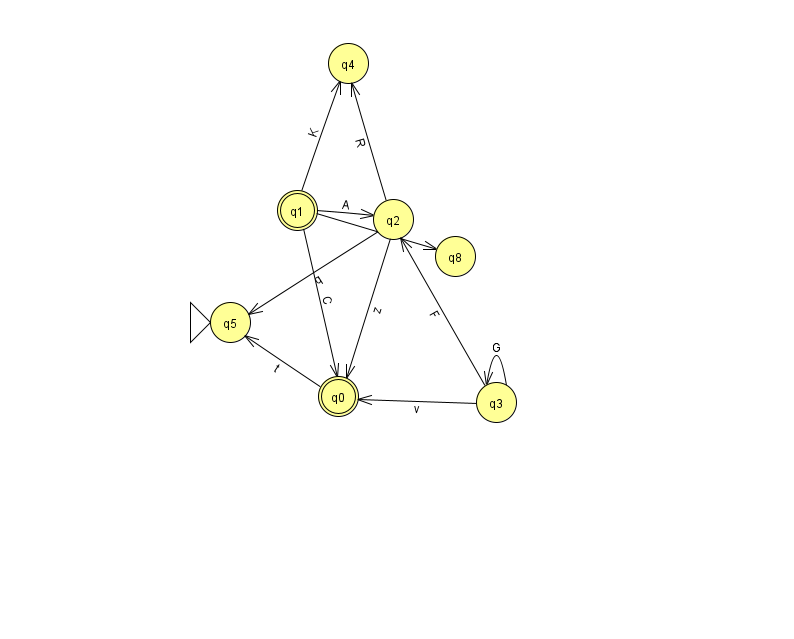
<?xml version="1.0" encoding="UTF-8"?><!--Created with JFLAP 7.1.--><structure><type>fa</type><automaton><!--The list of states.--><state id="0" name="q0"><x>338.0</x><y>383.0</y><final/></state><state id="1" name="q1"><x>297.0</x><y>197.0</y><final/></state><state id="2" name="q2"><x>393.0</x><y>206.0</y></state><state id="3" name="q3"><x>496.0</x><y>389.0</y></state><state id="4" name="q4"><x>348.0</x><y>50.0</y></state><state id="5" name="q5"><x>230.0</x><y>309.0</y><initial/></state><state id="8" name="q8"><x>455.0</x><y>243.0</y></state><!--The list of transitions.--><transition><from>0</from><to>5</to><read>t</read></transition><transition><from>2</from><to>5</to><read>q</read></transition><transition><from>3</from><to>3</to><read>G</read></transition><transition><from>1</from><to>0</to><read>C</read></transition><transition><from>1</from><to>2</to><read>A</read></transition><transition><from>2</from><to>0</to><read>z</read></transition><transition><from>3</from><to>2</to><read>F</read></transition><transition><from>1</from><to>8</to><read>G</read></transition><transition><from>1</from><to>4</to><read>K</read></transition><transition><from>2</from><to>4</to><read>R</read></transition><transition><from>3</from><to>0</to><read>v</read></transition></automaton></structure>